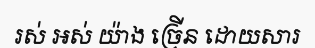
រស់ អស់ យ៉ាង ច្រើន ដោយសារ